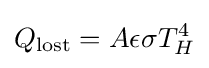
Q_{\mathrm {lost} }=A\epsilon \sigma T_{H}^{4}